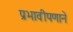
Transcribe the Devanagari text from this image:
प्रभावीपणाने